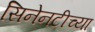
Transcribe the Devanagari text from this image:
सिनेनटीच्या